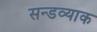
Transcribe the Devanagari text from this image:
सन्डव्याक